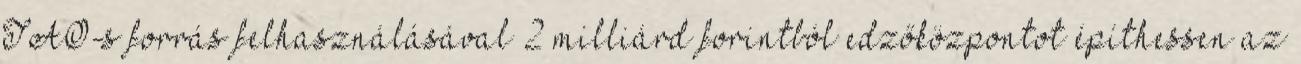
TAO-s forrás felhasználásával 2 milliárd forintból edzőközpontot építhessen az